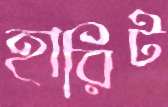
হারিট